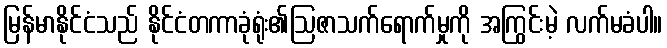
မြန်မာနိုင်ငံသည် နိုင်ငံတကာခုံရုံး၏ဩဇာသက်ရောက်မှုကို အကြွင်းမဲ့ လက်မခံပါ။